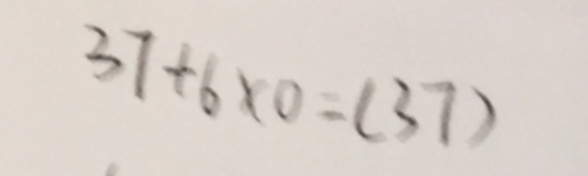
3 7 + 6 \times 0 = ( 3 7 )